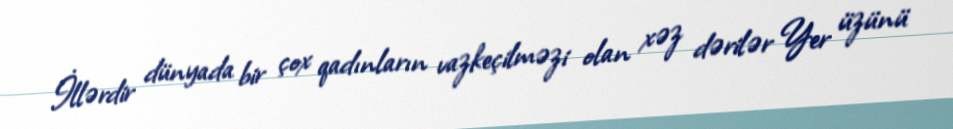
İllərdir dünyada bir çox qadınların vazkeçilməzi olan xəz dərilər Yer üzünü